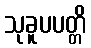
သုခူပပတ္တိ